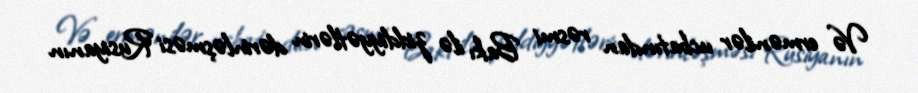
Və ermənilər ucbatından rəsmi Bakı ilə ziddiyyətlərin dərinləşməsi Rusiyanın